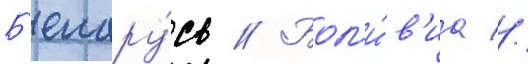
Б'елару́сь // Бол'и́в'иа //